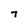
Character: 7